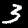
Label: 3